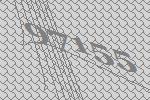
97155